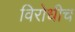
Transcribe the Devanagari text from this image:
विरोधीच